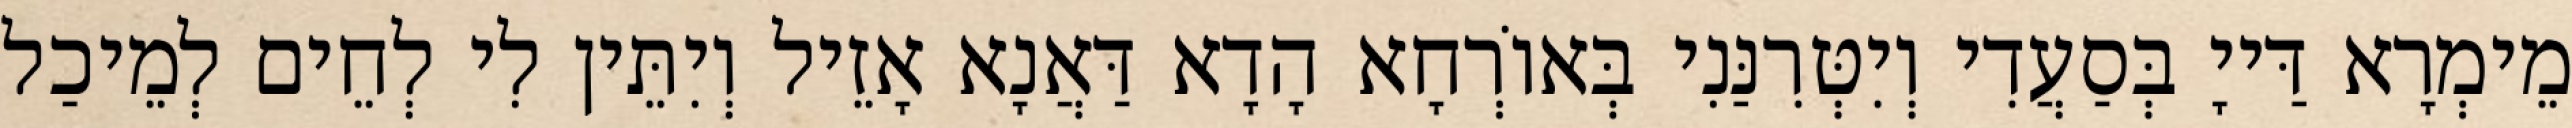
מֵימְרָא דַּייָ בְּסַעֲדִי וְיִטְּרִנַּנִי בְּאוֹרְחָא הָדָא דַּאֲנָא אָזֵיל וְיִתֵּין לִי לְחֵים לְמֵיכַל